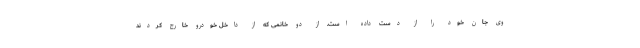
وی جان خود را از دست داده است. از دو خانمی که از داخل خودرو خارج کردند